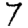
Digit: 7